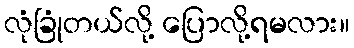
လုံခြုံတယ်လို့ ပြောလို့ရမလား။